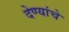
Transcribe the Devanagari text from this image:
देण्यांचे